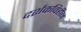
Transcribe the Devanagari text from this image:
दर्शकविहीन